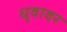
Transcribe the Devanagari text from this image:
धृवावर